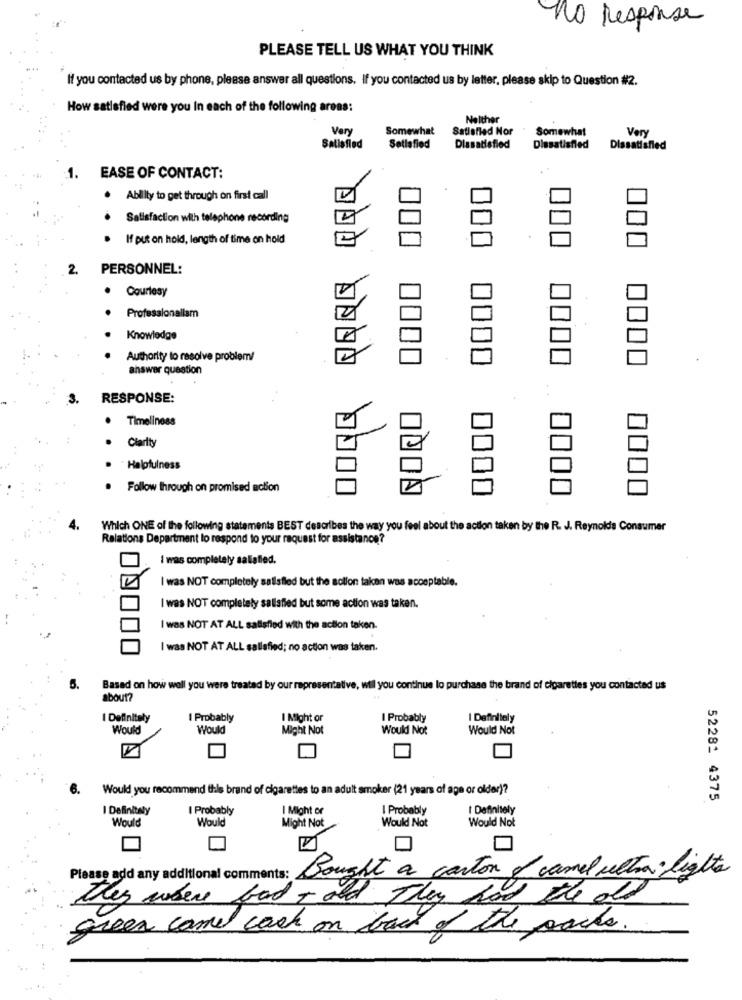
no response
PLEASE TELL US WHAT YOU THINK
If you contacted us by phone, please answer all questions. If you contacted us by letter, please skip to Question #2.
How satisfied were you In each of the following areas:
Nelther
Very
Somewhat
Satisfied Nor
Somewhat
Very
Satisfied
Satisfied
Dlasatisfied
Dissatisfied
Dissatisfied
EASE OF CONTACT:
. Ability to get through on first call
Satisfaction with telephone recording
If put on hold, length of time on hold
2.
PERSONNEL:
Courtesy
Professionallam
Knowledge
Authority to resolve problem/
answer question
3.
RESPONSE:
Timeliness
Clarity
Helpfulness
Follow through on promised action
Which ONE of the following statements BEST describes the way you feel about the action taken by the R. J. Reynolds Consumer
Relations Department to respond to your request for assistance?
I was completely saliafled.
I was NOT completely sailsfled but the solion taken was acceptable.
I was NOT completely satisfied but some action was taken.
I was NOT AT ALL salisflod with the action taken.
I was NOT AT ALL sallafied; no action was taken.
5.
Based on how well you were treated by our representative, wil you continue lo purchase the brand of cigarettes you contacted us
about?
I Definitely
I Probably
I Might or
I Probably
I Definitely
Would
Would
Might Not
Would Not
Would Not
6.
Would you recommend this brand of cigarettes to an adult smoker (21 years of age or older)?
52282 4375
I Definitely
I Probably
I Might or
I Probably
I Definitely
Would
Would
Might Not
Would Not
Would Not
Please add any additional comments: Bought a carton of camel ultra lights
they where bad , and They had the old
green camel cash on back of the parks.